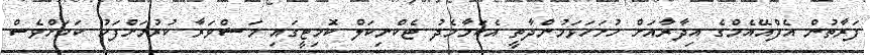
ފަރާތުން އެފްއޭއެމްގެ އިދާރާއަށް ހުށަހަޅަމުންދާތީ އެކަމާމެދު ޓެކްނިކަލް ކޮމިޓީގައި މަޝްވަރާ ކުރުމަށްފަހު ކަމަށްވެސް